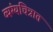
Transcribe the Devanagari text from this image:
व्यंग्यचित्रात